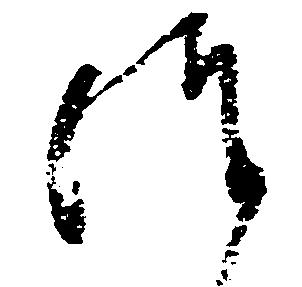
つ